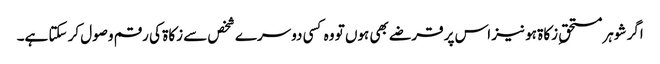
اگر شوہر مستحقِ زکاۃ ہو نیز اس پر قرضے بھی ہوں تو وہ کسی دوسرے شخص سے زکاۃ کی رقم وصول کر سکتا ہے۔